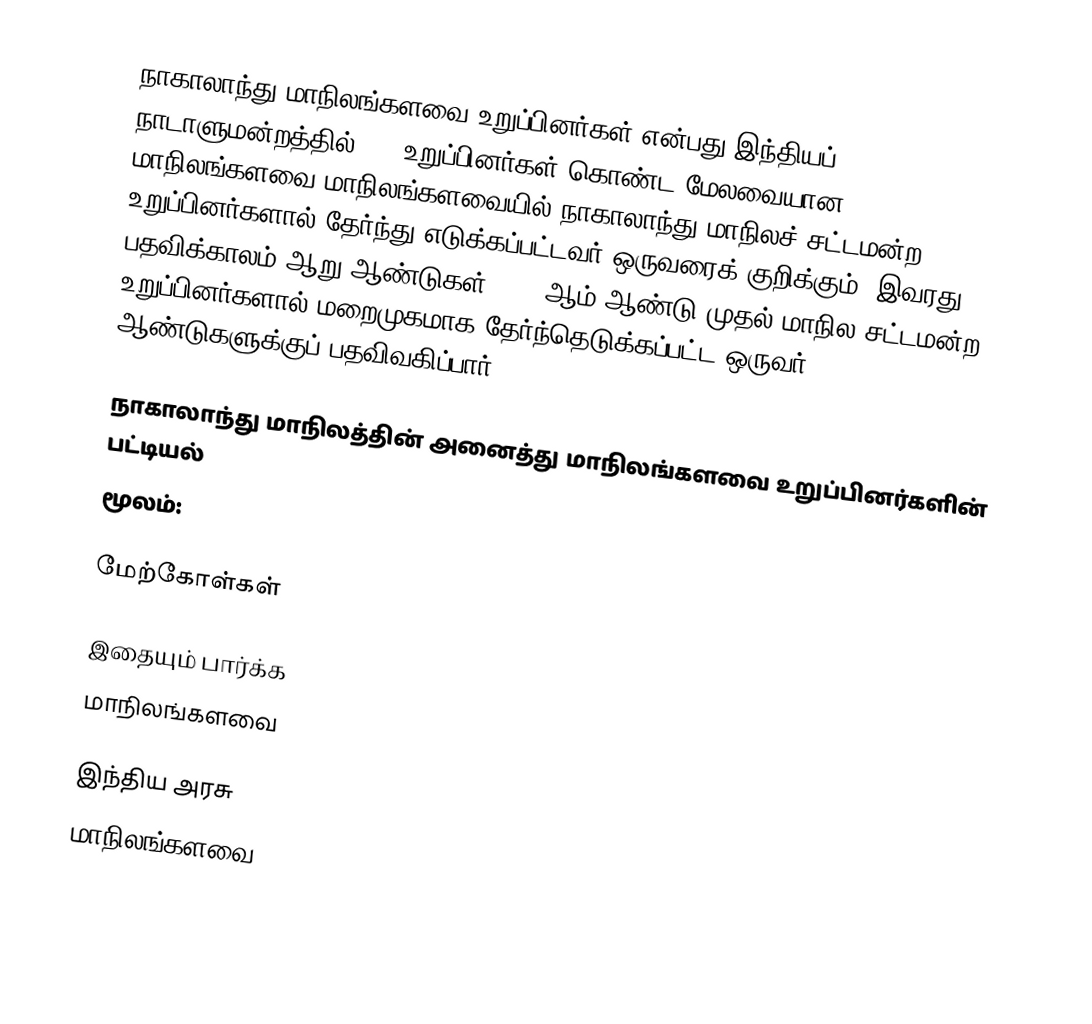
நாகாலாந்து மாநிலங்களவை உறுப்பினர்கள் என்பது இந்தியப் நாடாளுமன்றத்தில் 245 உறுப்பினர்கள் கொண்ட மேலவையான மாநிலங்களவை மாநிலங்களவையில் நாகாலாந்து மாநிலச் சட்டமன்ற உறுப்பினர்களால் தேர்ந்து எடுக்கப்பட்டவர் ஒருவரைக் குறிக்கும். இவரது பதவிக்காலம் ஆறு ஆண்டுகள். 1964ஆம் ஆண்டு முதல் மாநில சட்டமன்ற உறுப்பினர்களால் மறைமுகமாக தேர்ந்தெடுக்கப்பட்ட ஒருவர் 6 ஆண்டுகளுக்குப் பதவிவகிப்பார்.

நாகாலாந்து மாநிலத்தின் அனைத்து மாநிலங்களவை உறுப்பினர்களின் பட்டியல்
மூலம்:

மேற்கோள்கள்

இதையும் பார்க்க
மாநிலங்களவை

இந்திய அரசு
மாநிலங்களவை